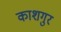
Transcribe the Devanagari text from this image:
काशगुर